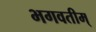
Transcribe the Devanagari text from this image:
भगवतीम्